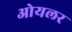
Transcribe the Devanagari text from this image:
ओयलर